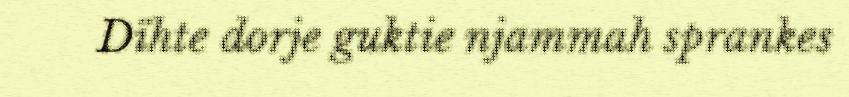
Dïhte dorje guktie njammah sprankes